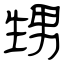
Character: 甥